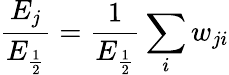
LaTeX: \frac{E_{j}}{E_{\frac{1}{2}}}=\frac{1}{E_{\frac{1}{2}}}\sum_{i}w_{ji}